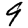
Digit: 9